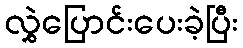
လွှဲပြောင်းပေးခဲ့ပြီး